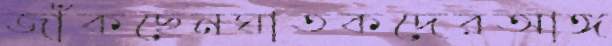
জাঁকছেনঘাতকদেরআঙ্গ